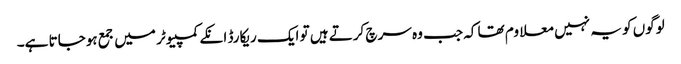
لوگوں کو یہ نہیں معلاوم تھا کہ جب وہ سرچ کرتے ہیں تو ایک ریکارڈ انکے کمپیوٹر میں جمع ہوجاتا ہے۔